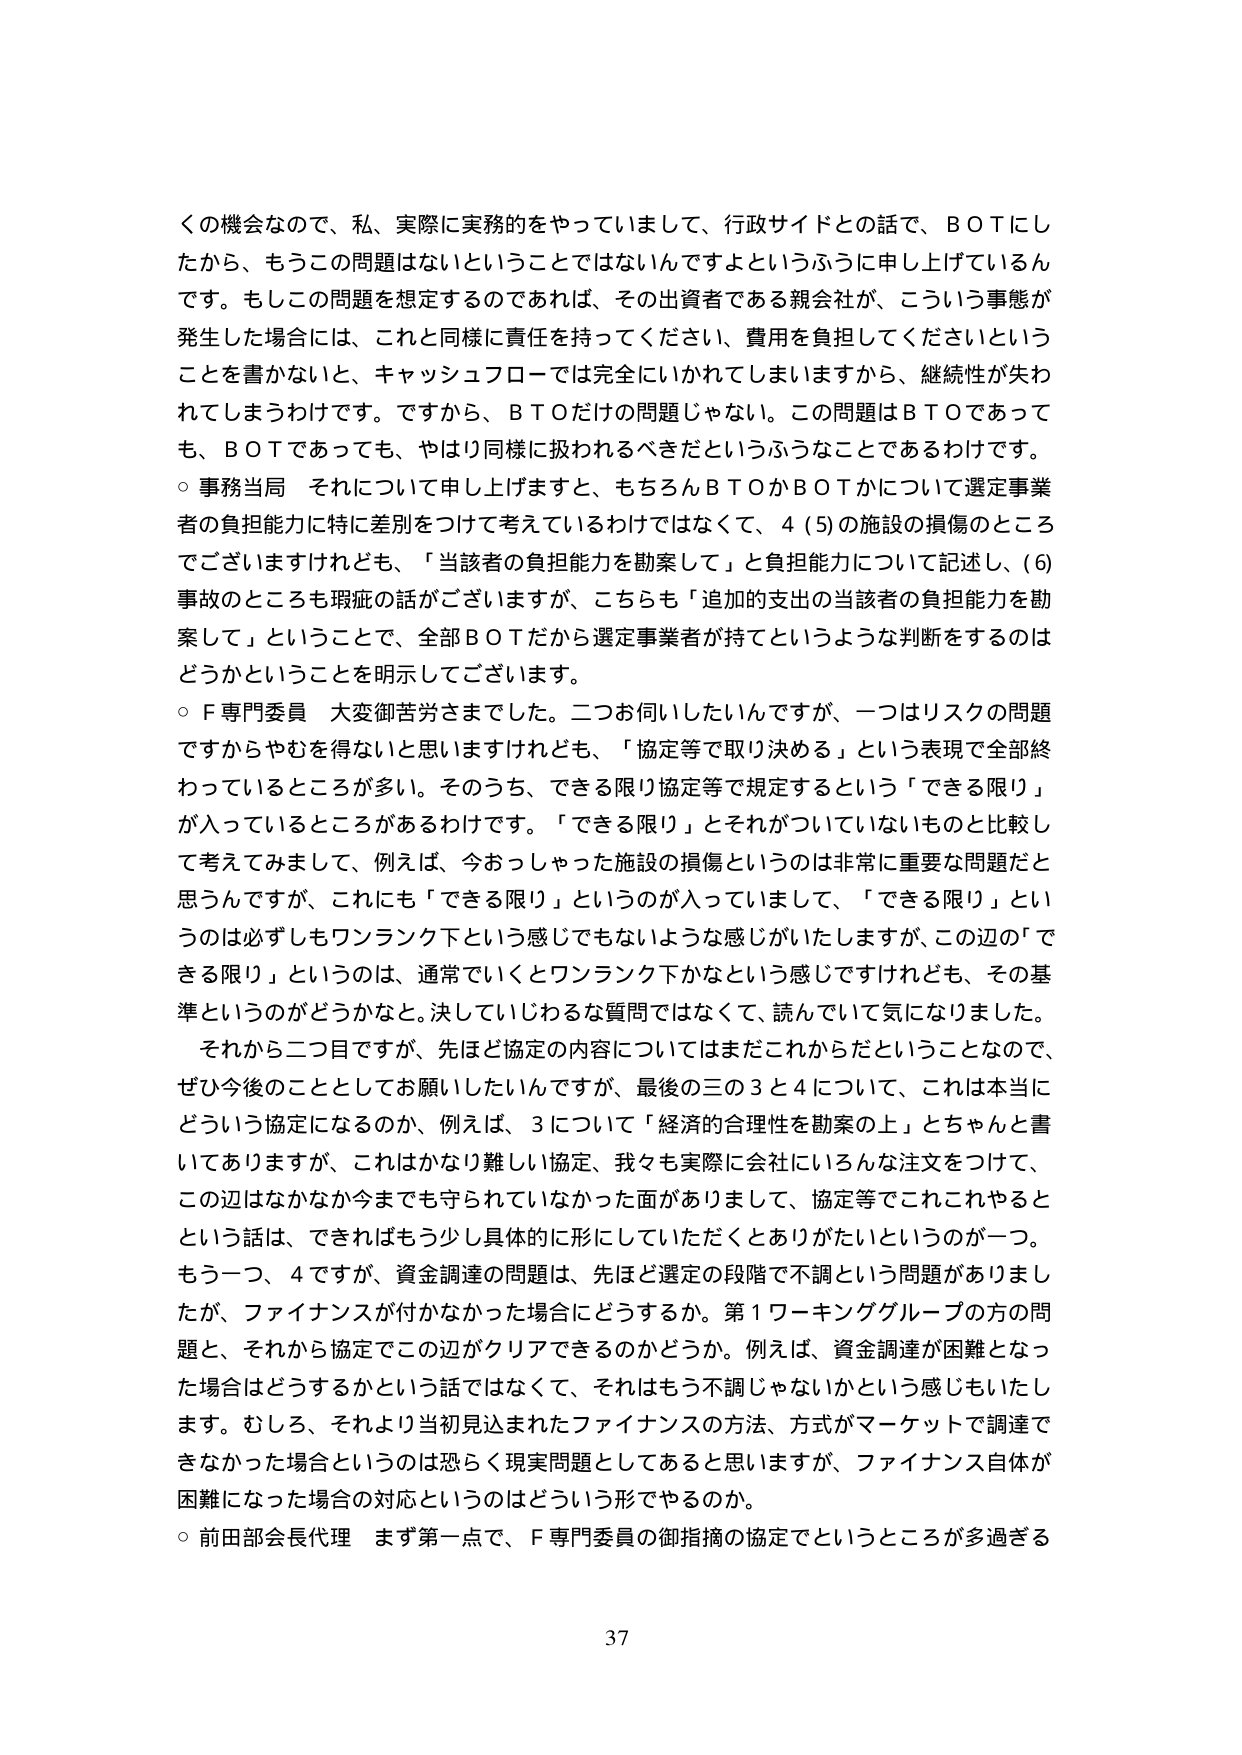
くの機会なので、私、実際に実務のをやっていまして、行政サイドとの話で、ＢＯＴにしたから、もうこの問題はないということではないんですよというふうに申し上げているんです。もしこの問題を想定するのであれば、その出資者である親会社が、こういう事態が発生した場合には、これと同様に責任を持ってください、費用を負担してくださいということを書かないと、キャッシュフローでは完全にいかれてしまいますから、継続性が失われてしまうわけです。ですから、ＢＴＯだけの問題じゃない。この問題はＢＴＯであっても、ＢＯＴであっても、やはり同様に扱われるべきだというふうなことであるわけです。

○ 事務当局 それについて申し上げますと、もちろんＢＴＯかＢＯＴかについて選定事業者の負担能力に特に差別をつけて考えているわけではなくて、４（５）の施設の損傷のところでございますけれども、「当該者の負担能力を勘案して」と負担能力について記述し、（６）事故のところも瑕疵の話がございますが、こちらも「追加的支出の当該者の負担能力を勘案して」ということで、全部ＢＯＴだから選定事業者が持てというような判断をするのはどうかということを明示してございます。

○ Ｆ専門委員 大変御苦労さまでした。二つお伺いしたいんですが、一つはリスクの問題ですからやむを得ないと思いますけれども、「協定等で取り決める」という表現で全部終わっているところが多い。そのうち、できる限り協定等で規定するという「できる限り」が入っているところがあるわけです。「できる限り」とそれがついていないものと比較して考えてみまして、例えば、今おっしゃった施設の損傷というのは非常に重要な問題だと思うんですが、これにも「できる限り」というのが入っていまして、「できる限り」というのは必ずしもワンランク下という感じでもないような感じがいたしますが、この辺の「できる限り」というのは、通常でいくとワンランク下かなという感じですけれども、その基準というのがどうかなと。決していじわるな質問ではなくて、読んでいて気になりました。

それから二つ目ですが、先ほど協定の内容についてはまだこれからだということなので、ぜひ今後のこととしてお願いしたいんですが、最後の三の３と４について、これは本当にどういう協定になるのか、例えば、３について「経済的合理性を勘案の上」とちゃんと書いてありますますが、これはかなり難しい協定、我々も実際に会社にいろんな注文をつけて、この辺はなかなか今まででも守られていなかった面がありまして、協定等でこれこれやるという話は、できればもう少し具体的に形にしていただくとありがたいというのが一つ。もう一つ、４ですが、資金調達の問題は、先ほど選定の段階で不調という問題がありましたが、ファイナンスが付かなかった場合にどうするか。第１ワーキンググループの方の問題と、それから協定でこの辺がクリアできるのかどうか。例えば、資金調達が困難となった場合はどうするかという話ではなくて、それはもう不調じゃないかという感じもいたします。むしろ、それより当初見込まれたファイナンスの方法、方式がマーケットで調達できなかった場合というのは恐らく現実問題としてあると思いますが、ファイナンス自体が困難になった場合の対応というのはどういう形でやるのか。

○ 前田部会長代理 まず第一点で、Ｆ専門委員の御指摘の協定でというところが多過ぎる

37